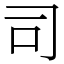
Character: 司